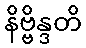
နိဗ္ဗိန္ဒတိ